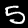
Label: 5